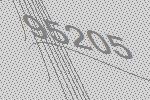
95205